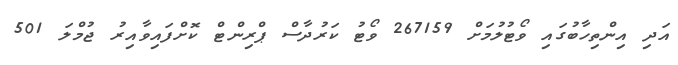
އަދި އިންތިހާބުގައި ވޯޓުލުމަށް 267159 ވޯޓު ކަރުދާސް ޕްރިންޓް ކޮށްފައިވާއިރު ޖުމްލަ 501